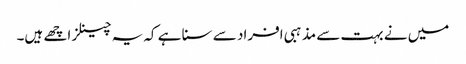
میں نے بہت سے مذہبی افراد سے سنا ہے کہ یہ چینلز اچھے ہیں۔